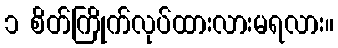
၁ စိတ်ကြိုက်လုပ်ထားလားမရလား။